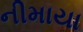
નીમાયા